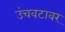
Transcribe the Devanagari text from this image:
उंचवटावर